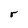
Character: r